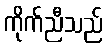
ကိုက်ညီသည်